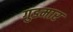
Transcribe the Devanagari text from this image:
गुडमार